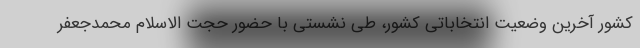
کشور آخرین وضعیت انتخاباتی کشور، طی نشستی با حضور حجت الاسلام محمدجعفر